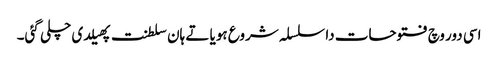
اسی دور وچ فتوحات دا سلسلہ شروع ہویا تے ہان سلطنت پھیلدی چلی گئی۔